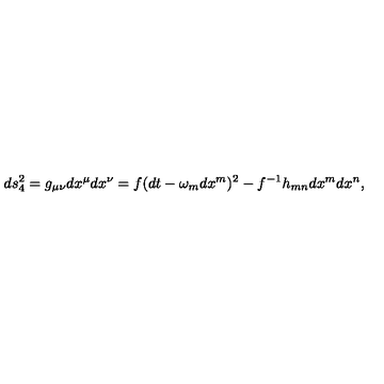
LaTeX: d s _ { 4 } ^ { 2 } = g _ { \mu \nu } d x ^ { \mu } d x ^ { \nu } = f ( d t - \omega _ { m } d x ^ { m } ) ^ { 2 } - f ^ { - 1 } h _ { m n } d x ^ { m } d x ^ { n } ,